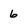
Character: 6